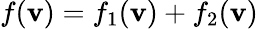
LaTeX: f(\mathbf{v})=f_{1}(\mathbf{v})+f_{2}(\mathbf{v})